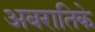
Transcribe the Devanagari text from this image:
अबरातिके